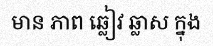
មាន ភាព ឆ្លៀវ ឆ្លាស ក្នុង